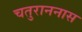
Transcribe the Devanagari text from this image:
चतुराननास